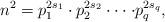
LaTeX: \begin{align*}n^2=p_1^{2s_1}\cdot p_2^{2s_2}\cdot\cdot\cdot \cdot p_q^{2s_q},\end{align*}